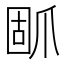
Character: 𰠃